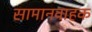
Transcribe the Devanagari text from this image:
सामानवाहक